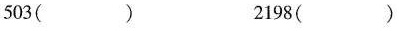
503（） 2198（）